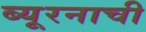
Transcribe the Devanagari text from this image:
ब्यूरनाची